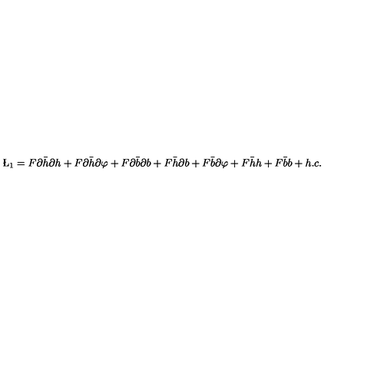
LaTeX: \L _ { 1 } = F \partial \bar { h } \partial h + F \partial \bar { h } \partial \varphi + F \partial \bar { b } \partial b + F \bar { h } \partial b + F \bar { b } \partial \varphi + F \bar { h } h + F \bar { b } b + h . c .